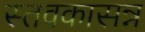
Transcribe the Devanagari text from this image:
स्तवकासन्न